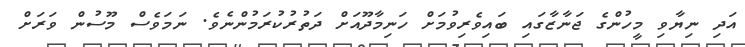
އަދި ނިޔާވި މީހުންގެ ޖަނާޒާގައި ބައިވެރިވުމަށް ހަނިމާދޫއަށް ދަތުރުކުރަމުންނެވެ. ނަމަވެސް މޫސުން ވަރަށް